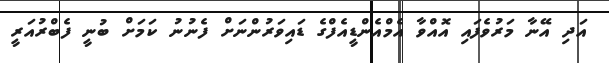
އަދި އޭނާ މަރުވެފައި އޮއްވާ އެމްއެންޑީއެފްގެ ޑައިވަރުންނަށް ފެނުނު ކަމަށް ބުނީ ފެބްރުއަރީ